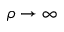
\rho \to \infty